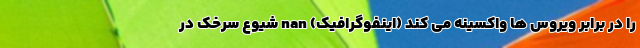
را در برابر ویروس ها واکسینه می کند (اینفوگرافیک) nan شیوع سرخک در